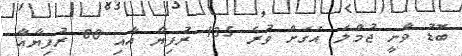
ބޮޑު ވާނީ ޖުމްލަ އަގަށް ވުރެ 135 ރުފިޔާ އާއި 80 ރުފިޔާއާ